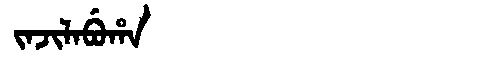
Manchu: ᠵᠠᠵᡳᠯᠠᠪᡠᡥᠠ
Romanization: JAJILABUHA